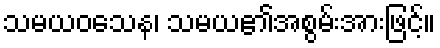
သမယဝသေန၊ သမယ၏အစွမ်းအားဖြင့်။